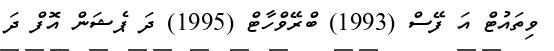
ވިތައުޓް އަ ފޭސް (1993) ބްރޭވްހާޓް (1995) ދަ ޕެޝަން އޮފް ދަ